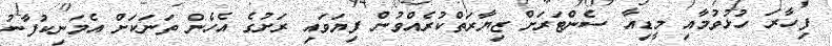
ފިހާރަ ހުޅުވުމާއި މީޑިއާ ސެންޓަރަށް ޒިޔާރަތްކުރެއްވުން ފިޔަވައި ރަށުގެ އެހެން ތަނަކަށް އެމަނިކުފާނު